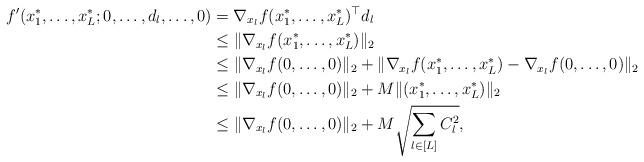
\begin{align*}f'(x_1^*,\ldots,x_L^*;0,\ldots,d_l,\ldots,0) &=\nabla_{x_l}f(x_1^*,\ldots,x_L^*)^\top d_l\\&\le\|\nabla_{x_l}f(x_1^*,\ldots,x_L^*)\|_2\\&\le\|\nabla_{x_l}f(0,\ldots,0)\|_2+\|\nabla_{x_l}f(x_1^*,\ldots,x_L^*)-\nabla_{x_l}f(0,\ldots,0)\|_2\\&\le\|\nabla_{x_l}f(0,\ldots,0)\|_2+M\|(x_1^*,\ldots,x_L^*)\|_2\\&\le\|\nabla_{x_l}f(0,\ldots,0)\|_2+M\sqrt{\sum_{l\in[L]}C_l^2},\end{align*}